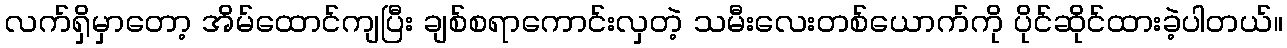
လက်ရှိမှာတော့ အိမ်ထောင်ကျပြီး ချစ်စရာကောင်းလှတဲ့ သမီးလေးတစ်ယောက်ကို ပိုင်ဆိုင်ထားခဲ့ပါတယ်။